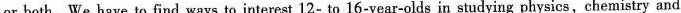
or both. We have to find ways to interest 12- to 16-year-olds in studying physics,chemistry and